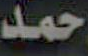
حمد